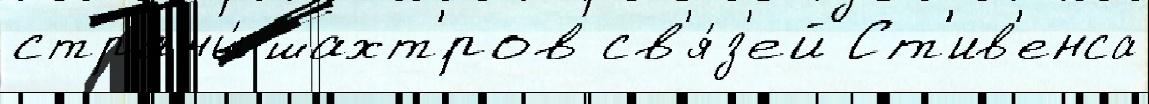
страны́ шахт'́ров св'я́з'ей Ст'ив'енса